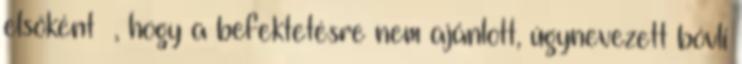
elsőként –, hogy a befektetésre nem ajánlott, úgynevezett bóvli